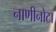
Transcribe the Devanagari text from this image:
नाणीनोटा